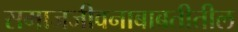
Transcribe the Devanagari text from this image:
समाजजीवनाबाबतीतील